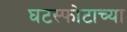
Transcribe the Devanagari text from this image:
घटस्फोटाच्या